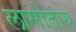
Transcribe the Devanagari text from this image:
लामोतांय